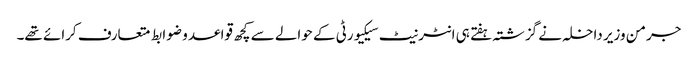
جرمن وزیر داخلہ نے گزشتہ ہفتے ہی انٹرنیٹ سیکیورٹی کے حوالے سے کچھ قواعد و ضوابط متعارف کرائے تھے۔